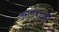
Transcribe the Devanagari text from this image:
अलराज़ी